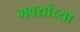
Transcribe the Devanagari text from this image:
गवयांच्या